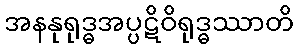
အနနုရုဒ္ဓအပ္ပဋိဝိရုဒ္ဓဿာတိ